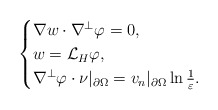
\begin{align*}\begin{cases}\nabla w\cdot \nabla^\perp\varphi=0,\\w=\mathcal{L}_H\varphi,\\\nabla^\perp\varphi\cdot \nu|_{\partial \Omega}=v_n|_{\partial \Omega}\ln\frac{1}{\varepsilon}.\end{cases}\end{align*}